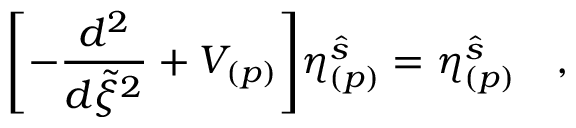
\Biggl [ - { \frac { d ^ { 2 } } { d \tilde { \xi } ^ { 2 } } } + V _ { ( p ) } \Biggl ] \eta _ { ( p ) } ^ { \hat { s } } = \eta _ { ( p ) } ^ { \hat { s } } \quad ,